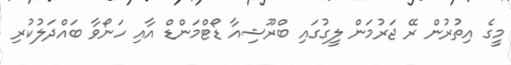
މީގެ އިތުރުން ރޭ ޖަރުމަން ލީގުގައި ބްރޫޝިއާ ޑޯޓްމަންޑް އާއި ހަނޯވާ ބައްދަލުކުރި